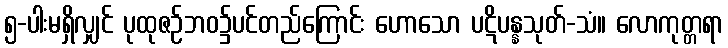
၅-ပါးမရှိလျှင် ပုထုဇဉ်ဘဝ၌ပင်တည်ကြောင်း ဟောသော ပဋိပန္နသုတ်-သံ။ လောကုတ္တရာ